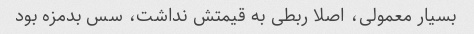
بسیار معمولی، اصلا ربطی به قیمتش نداشت، سس بدمزه بود